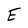
Character: E